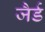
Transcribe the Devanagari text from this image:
जैर्ड